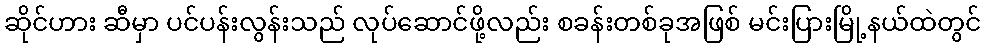
ဆိုင်ဟား ဆီမှာ ပင်ပန်းလွန်းသည် လုပ်ဆောင်ဖို့လည်း စခန်းတစ်ခုအဖြစ် မင်းပြားမြို့နယ်ထဲတွင်